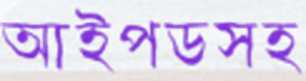
আইপডসহ